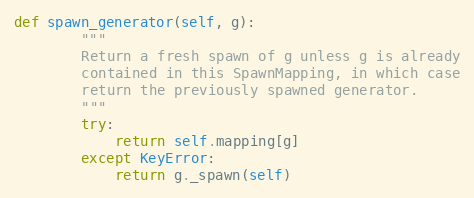
Language: Python
def spawn_generator(self, g):
        """
        Return a fresh spawn of g unless g is already
        contained in this SpawnMapping, in which case
        return the previously spawned generator.
        """
        try:
            return self.mapping[g]
        except KeyError:
            return g._spawn(self)